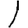
Digit: 1